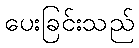
ပေးခြင်းသည်